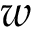
w